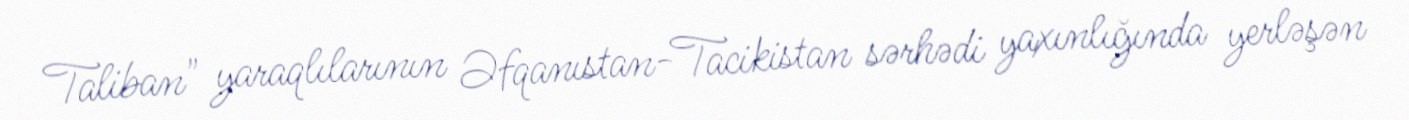
Taliban" yaraqlılarının Əfqanıstan-Tacikistan sərhədi yaxınlığında yerləşən